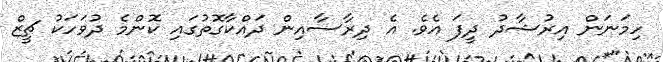
ހިމަނަން އިރުޝާދު ދީފަ އެވެ. އެ ދިރާސާއިން ދައްކާގޮތުގައި ކޮންމެ ދުވަހަކު ޗީޒް